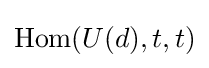
\operatorname {Hom} (U(d),t,t)